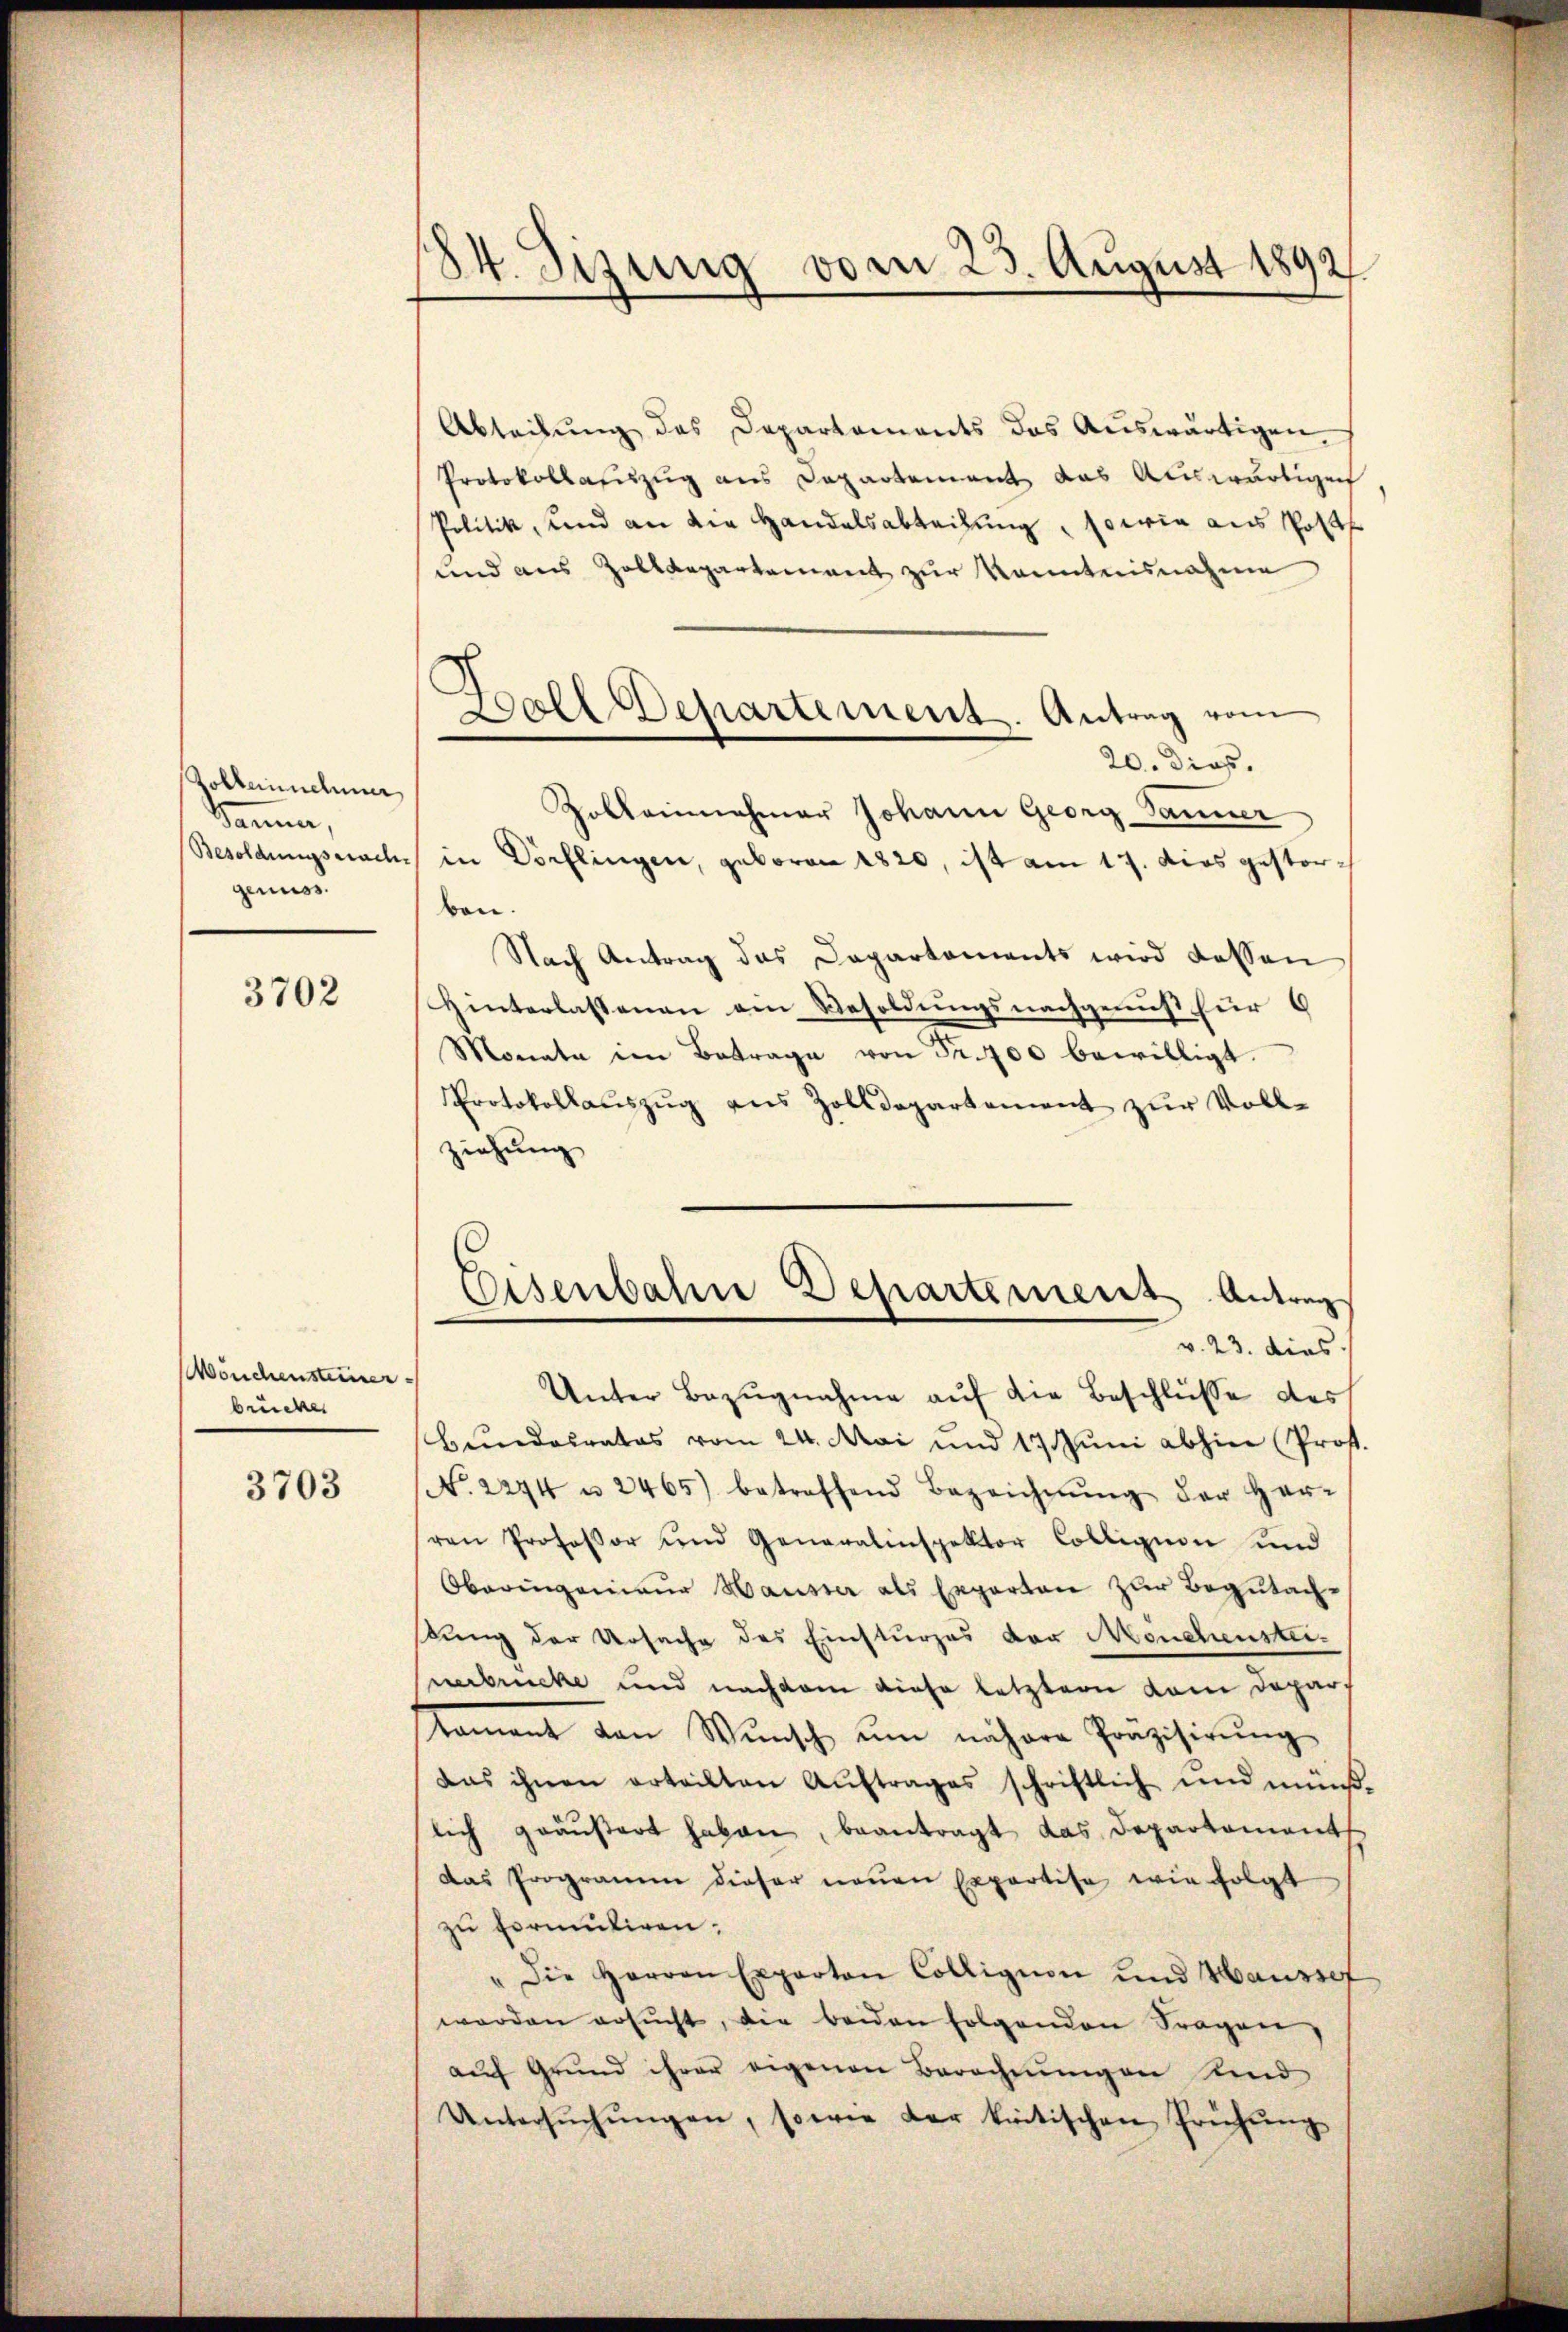
Zolleinnehmer
kammen,
genuss.

3702

önchensteiner
brücker

3703

s
34. Dizung vom 23. August 1892

Abteilung des Departements das Auswärtigen
Protokollauszug aus Departement das Auswärtigen
Politik, und an die Handelsabteilung, sowie aus Post
und aus Zolldepartement zur Kenntnisnahme
20. Dies.
Zolleinnahmer Johann Georg Banner
Besoldungsnach in Dorflingen, geboren 1820, ist am 17. dies gestorben.
Nach Antrag das Capartaments wird dessen
Hinterlassenen ein Besoldungsnachgenuß für 6
Monate im Betrage von Fr. 400 bewilligt.
Protokollaŭszŭg ans Zolldepartement zur Voll-
ziehung
Eisenbahne Departement Antrag
v. 23. dies.
Unter Bezŭgnahme auf die Beschlüsse des
Bundesrates vom 24. Mai und 17. Jŭni abhin (Prof.
No. 2244 u. 2465) betreffend Bezeichnŭng der Her-
ren Professor und Generalinspektor Colligion und
Oberingenieur Hausser als Experten zur Begutachdung der Ursache des Einsturzes der Meuchensteinerbrücke und nachdem diese letztern vom Depar¬
Nament den Wŭnsch ŭm nähere Präzisirŭng
das ihnen erteilten Aŭftrages schriftlich und müß
lich geäußert haben, beantragt das Departament
Das Programm dieser neuen Exportise wie folgt
zu formuliren.
" die Herren Experton Cölligion und Haussef
worden ersŭcht, die beiden folgenden Fragen
aŭf Grund ihrer eigenen Berechnŭngen und
Untersŭchŭngen, sowie der kritischen Frühŭng

Ball Departement. Antrag vom